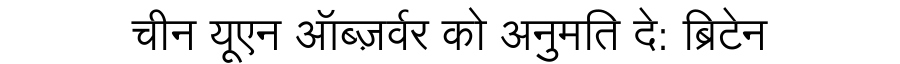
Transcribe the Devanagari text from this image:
चीन यूएन ऑब्ज़र्वर को अनुमति दे: ब्रिटेन